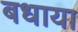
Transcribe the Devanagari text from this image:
बधाया